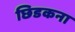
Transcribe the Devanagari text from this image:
छिडकना